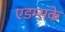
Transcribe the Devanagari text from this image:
एडम्सके